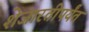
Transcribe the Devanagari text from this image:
शेजारतीपर्यंत